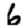
Digit: 6